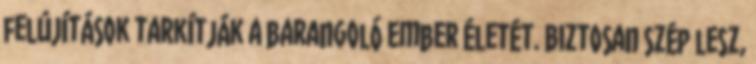
felújítások tarkítják a barangoló ember életét. Biztosan szép lesz,